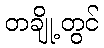
တချို့တွင်